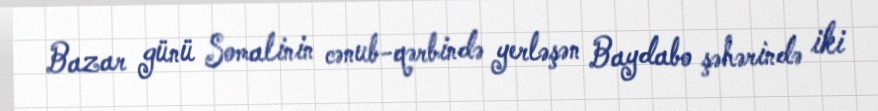
Bazar günü Somalinin cənub-qərbində yerləşən Baydabo şəhərində iki